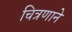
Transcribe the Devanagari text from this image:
चित्रणाने